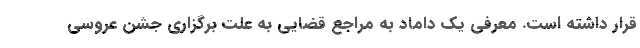
قرار داشته است. معرفی یک داماد به مراجع قضایی به علت برگزاری جشن عروسی